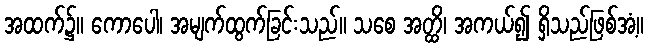
အထက်၌။ ကောပေါ၊ အမျက်ထွက်ခြင်းသည်။ သစေ အတ္ထိ၊ အကယ်၍ ရှိသည်ဖြစ်အံ့။